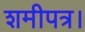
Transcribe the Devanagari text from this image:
शमीपत्र।